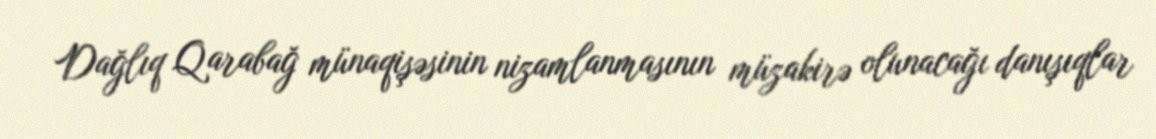
Dağlıq Qarabağ münaqişəsinin nizamlanmasının müzakirə olunacağı danışıqlar